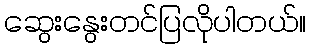
ဆွေးနွေးတင်ပြလိုပါတယ်။